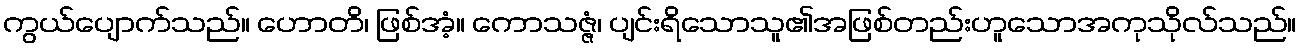
ကွယ်ပျောက်သည်။ ဟောတိ၊ ဖြစ်အံ့။ ကောသဇ္ဇံ၊ ပျင်းရိသောသူ၏အဖြစ်တည်းဟူသောအကုသိုလ်သည်။